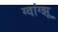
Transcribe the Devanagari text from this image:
ग्वांग्झू